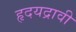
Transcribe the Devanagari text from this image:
हृदयद्रावी